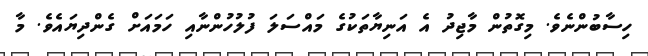
ހިސާބުންނެވެ. މިގޮތުން މާޖިދު އެ އަނިޔާތަކުގެ މައްސަލަ ފުލުހުންނާއި ހަމައަށް ގެންދިޔައެވެ. މާ